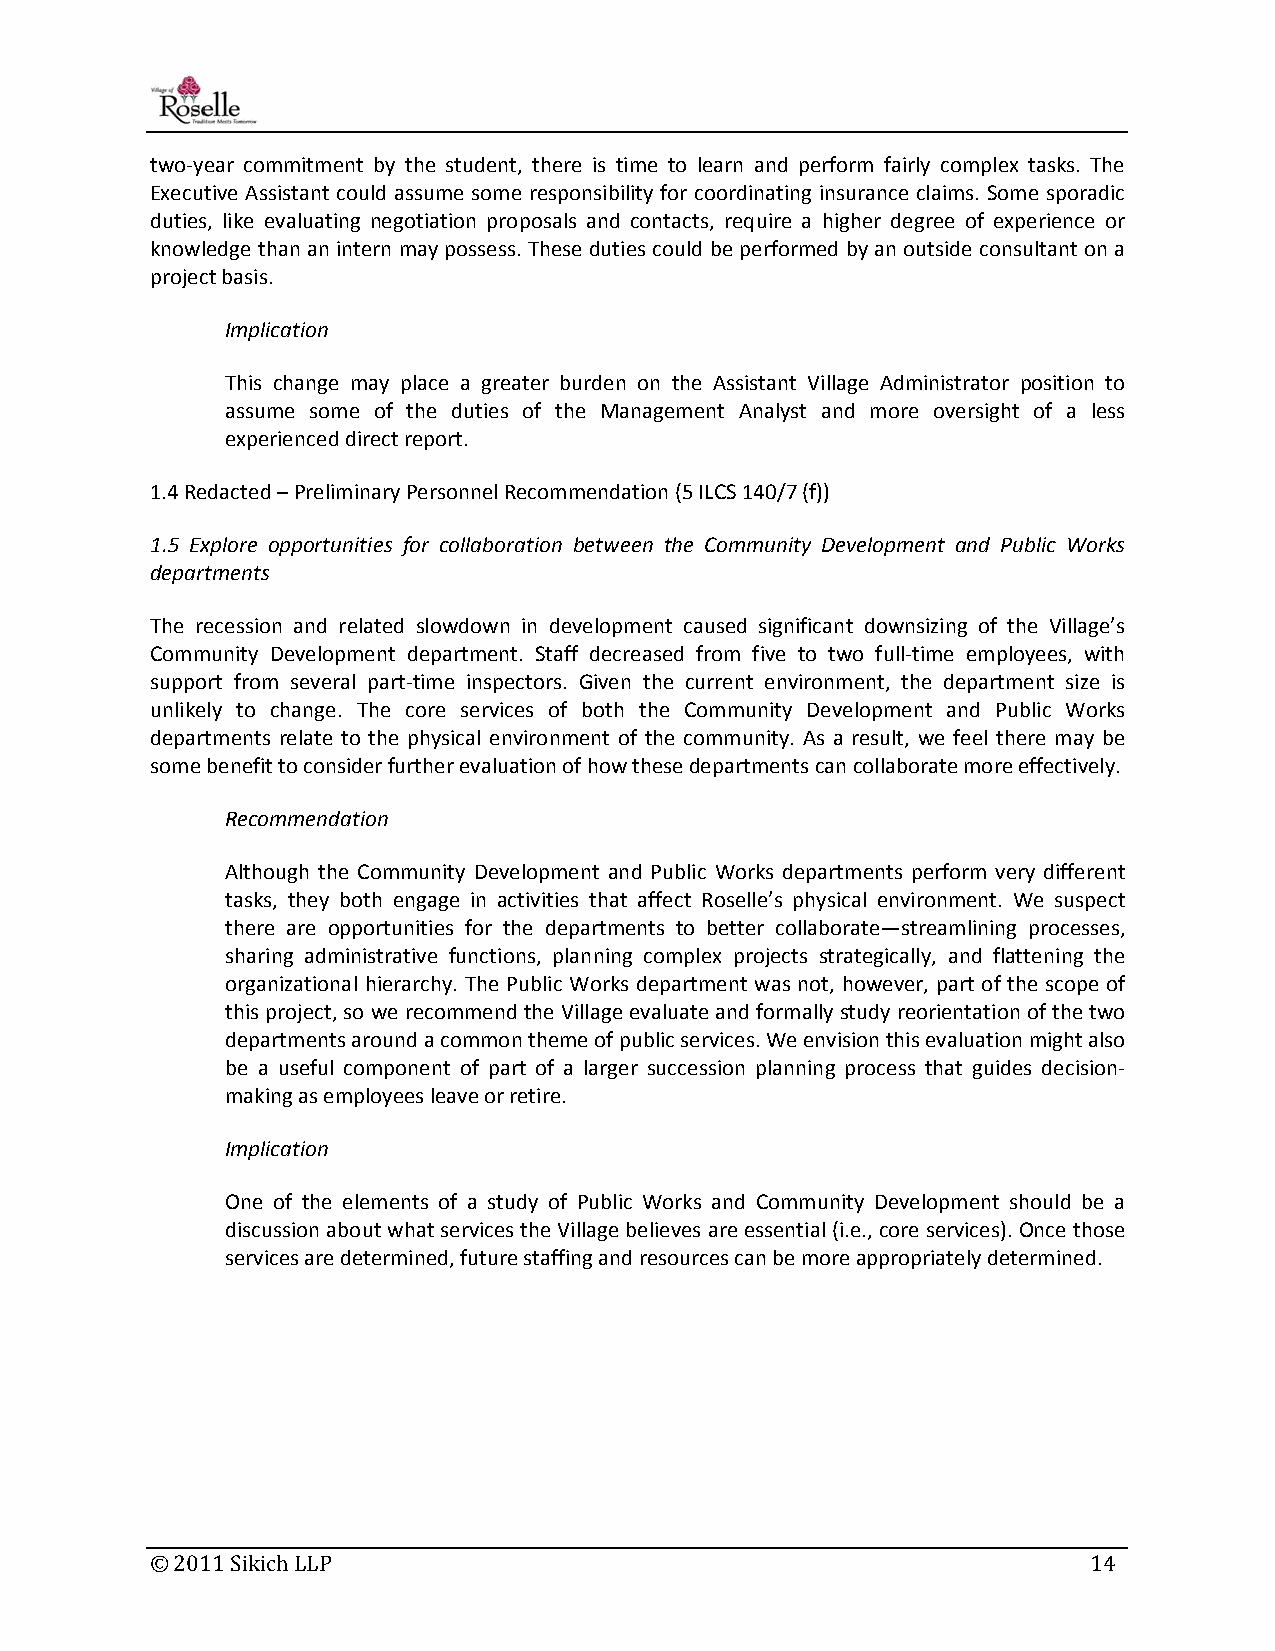
two‐year commitment by the student, there is time to learn and perform fairly complex tasks. The
 Executive Assistant could assume some responsibility for coordinating insurance claims. Some sporadic
 duties, like evaluating negotiation proposals and contacts, require a higher degree of experience or
 knowledge than an intern may possess. These duties could be performed by an outside consultant on a
 project basis.
 Implication
 This change may place a greater burden on the Assistant Village Administrator position to
 assume some of the duties of the Management Analyst and more oversight of a less
 experienced direct report.
 1.4 Redacted – Preliminary Personnel Recommendation (5 ILCS 140/7 (f))
 1.5 Explore opportunities for collaboration between the Community Development and Public Works
 departments
 The recession and related slowdown in development caused significant downsizing of the Village’s
 Community Development department. Staff decreased from five to two full‐time employees, with
 support from several part‐time inspectors. Given the current environment, the department size is
 unlikely to change. The core services of both the Community Development and Public Works
 departments relate to the physical environment of the community. As a result, we feel there may be
 some benefit to consider further evaluation of how these departments can collaborate more effectively.
 Recommendation
 Although the Community Development and Public Works departments perform very different
 tasks, they both engage in activities that affect Roselle’s physical environment. We suspect
 there are opportunities for the departments to better collaborate—streamlining processes,
 sharing administrative functions, planning complex projects strategically, and flattening the
 organizational hierarchy. The Public Works department was not, however, part of the scope of
 this project, so we recommend the Village evaluate and formally study reorientation of the two
 departments around a common theme of public services. We envision this evaluation might also
 be a useful component of part of a larger succession planning process that guides decision‐
 making as employees leave or retire.
 Implication
 One of the elements of a study of Public Works and Community Development should be a
 discussion about what services the Village believes are essential (i.e., core services). Once those
 services are determined, future staffing and resources can be more appropriately determined.
 © 2011 Sikich LLP                                             14